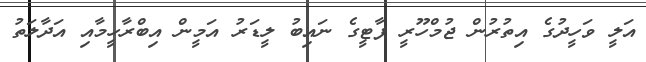
އަލީ ވަހީދުގެ އިތުރުން ޖުމްހޫރީ ޕާޓީގެ ނައިބު ލީޑަރު އަމީން އިބްރާހީމާއި އަދާލަތު